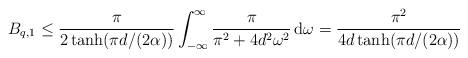
LaTeX: \begin{align*}B_{q,1}\leq \frac{\pi}{2 \tanh(\pi d/(2 \alpha))}\int_{-\infty}^{\infty}\frac{\pi}{\pi^{2} + 4d^{2} \omega^{2}}\, \mathrm{d}\omega=\frac{\pi^{2}}{4d \tanh(\pi d/(2 \alpha))}\end{align*}